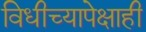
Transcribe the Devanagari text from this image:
विधीच्यापेक्षाही